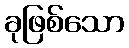
ခုဖြစ်သော